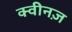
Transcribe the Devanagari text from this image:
क्वीनज़